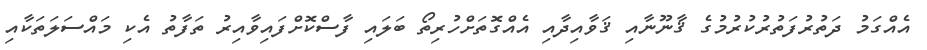
އެއްގަމު ދަތުރުފަތުރުކުރުމުގެ ޤާނޫނާއި ޤަވާއިދާއި އެއްގޮތަށްހުރިތޯ ބަލައި ފާސްކޮށްފައިވާއިރު ތަފާތު އެކި މައްސަލަތަކާއި